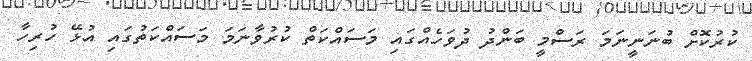
ކުރުކޮށް ބުނަނީނަމަ ރަސްމީ ބަންދު ދުވަހެއްގައި މަސައްކަތް ކުރުވާނަމަ މަސައްކަތުގައި އުޅޭ ހުރިހާ